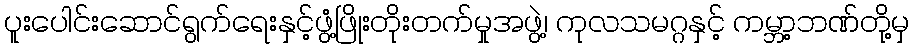
ပူးပေါင်းဆောင်ရွက်ရေးနှင့်ဖွံ့ဖြိုးတိုးတက်မှုအဖွဲ့၊ ကုလသမဂ္ဂနှင့် ကမ္ဘာ့ဘဏ်တို့မှ